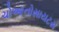
ચોઆનોસાયટસ